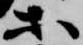
等